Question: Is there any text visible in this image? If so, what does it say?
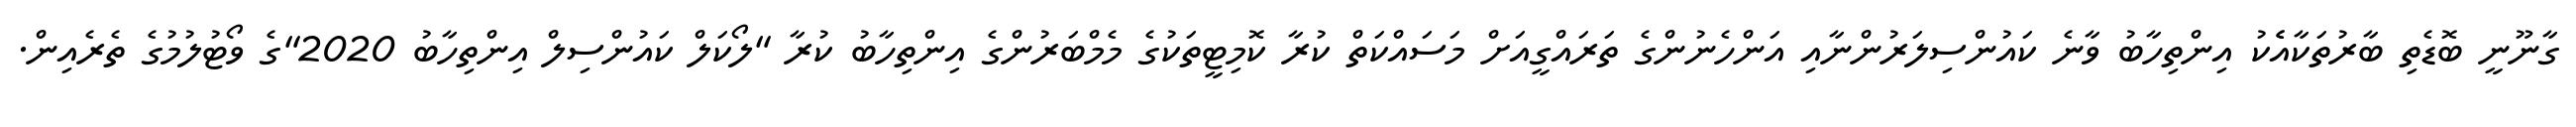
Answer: ގާނޫނީ ބޮޑެތި ބާރުތަކާއެެކު އިންތިހާބު ވާނެ ކައުންސިލަރުންނާއި އަންހެނުންގެ ތަރައްގީއަށް މަސައްކަތް ކުރާ ކޮމިޓީތަކުގެ މެމްބަރުންގެ އިންތިހާބު ކުރާ "ލޯކަލް ކައުންސިލް އިންތިހާބު 2020"ގެ ވޯޓުލުމުގެ ތެރެއިން.